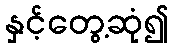
နှင့်တွေ့ဆုံ၍